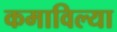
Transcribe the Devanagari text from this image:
कमाविल्या